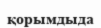
қорымдыда